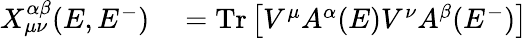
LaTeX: \begin{array}{rl}{X_{\mu\nu}^{\alpha\beta}(E,E^{-})}&{{}=\operatorname{Tr}\left[V^{\mu}A^{\alpha}(E)V^{\nu}A^{\beta}(E^{-})\right]}\end{array}